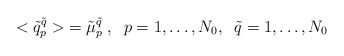
\begin{align*}<\tilde{q}^{\tilde{q}}_p> \; = \tilde{\mu}^{\tilde q}_p\;, \;\;p= 1, \dots, N_0, \;\; \tilde{q}=1, \dots, N_0\end{align*}